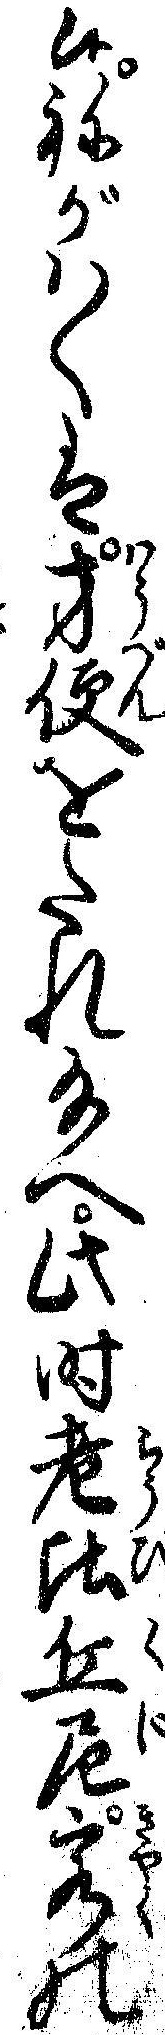
候ねがハくは方便をたれ給へ此時老比丘尼客の